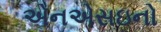
એનએસઇનો